Lunatic asylums Central Provinces reports 1895-1909 - 1895-1909
Year: 1895
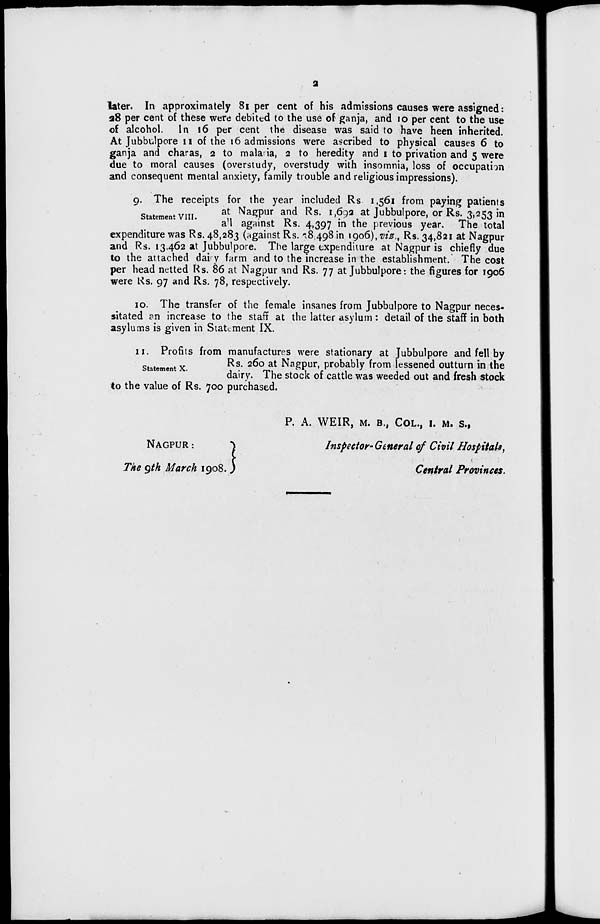
2
later. In approximately 81 per cent of his admissions causes were assigned:
28 per cent of these were debited to the use of ganja, and 10 per cent to the use
of alcohol. In 16 per cent the disease was said to have been inherited.
At Jubbulpore 11 of the 16 admissions were ascribed to physical causes 6 to
ganja and charas, 2 to malaria, 2 to heredity and 1 to privation and 5 were
due to moral causes (overstudy, overstudy with insomnia, loss of occupation
and consequent mental anxiety, family trouble and religious impressions).
Statement VIII.
9. The receipts for the year included Rs 1,561 from paying patients
at Nagpur and Rs. 1,692 at Jubbulpore, or Rs. 3,253 in
all against Rs. 4,397 in the previous year. The total
expenditure was Rs. 48,283 (against Rs. 38,498 in 1906), viz., Rs. 34,821 at Nagpur
and Rs. 13,462 at Jubbulpore. The large expenditure at Nagpur is chiefly due
to the attached dairy farm and to the increase in the establishment. The cost
per head netted Rs. 86 at Nagpur and Rs. 77 at Jubbulpore: the figures for 1906
were Rs. 97 and Rs. 78, respectively.
10. The transfer of the female insanes from Jubbulpore to Nagpur neces-
sitated an increase to the staff at the latter asylum : detail of the staff in both
asylums is given in Statement IX.
Statement X.
11. Profits from manufactures were stationary at Jubbulpore and fell by
Rs. 260 at Nagpur, probably from lessened outturn in the
dairy. The stock of cattle was weeded out and fresh stock
to the value of Rs. 700 purchased.
P. A. WEIR, M. B., COL., I. M. S.,
NAGPUR :
Inspector- General of Civil Hospitals,
The 9th March 1908.
Central Provinces.